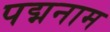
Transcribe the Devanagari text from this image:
पद्मनाम